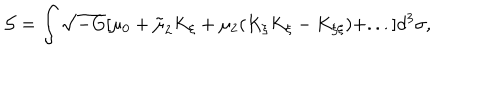
{ \cal S } = \int \sqrt { - G } [ \mu _ { 0 } + \tilde { \mu } _ { 2 } K _ { \xi } + \mu _ { 2 } ( K _ { \xi } K _ { \xi } - K _ { \xi \xi } ) + . . . ] d ^ { 3 } \sigma ,